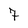
Character: 7